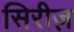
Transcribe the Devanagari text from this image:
सिरीज़़